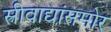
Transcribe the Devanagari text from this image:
स्त्रीवाद्यांसमोर